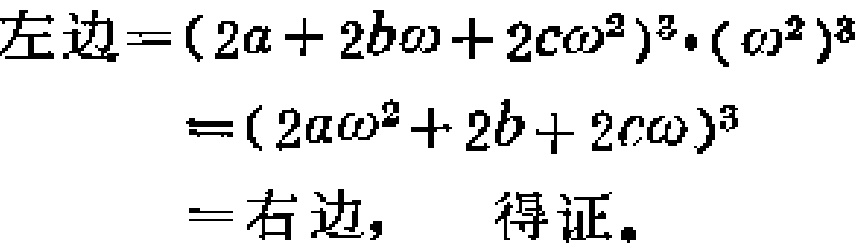
\[
\begin{align*}
左边&=(2a + 2b\omega+ 2c\omega^{2})^{3}\cdot(\omega^{2})^{3}\\
&=(2a\omega^{2}+ 2b + 2c\omega)^{3}\\
&=右边,\quad 得证。
\end{align*}
\]